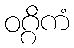
ဝဂ္ဂိကံ